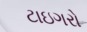
ટાઇગરો